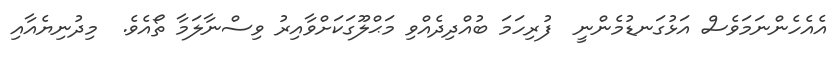
އެއެހެންނަމަވެސް އަޅުގަނޑުމެންނީ  ފުރިހަމަ ބުއްދިދެއްވި މަޙްލޫގަކަށްވާއިރު ވިސްނާލަމާ ތޯއެވެ.  މިދުނިޔެއާއި